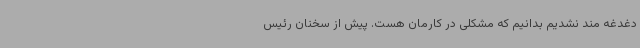
دغدغه مند نشدیم بدانیم که مشکلی در کارمان هست. پیش از سخنان رئیس